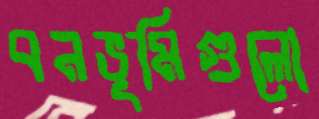
বনভূমিগুলো